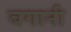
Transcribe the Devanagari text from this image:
बगानी